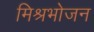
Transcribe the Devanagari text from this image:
मिश्रभोजन